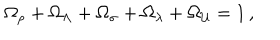
\Omega _ { \rho } + \Omega _ { \Lambda } + \Omega _ { \sigma } + \Omega _ { \lambda } + \Omega _ { \cal U } = 1 \, ,